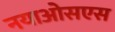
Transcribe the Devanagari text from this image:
नयाओसएस